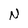
Character: N